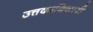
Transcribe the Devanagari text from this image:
उत्तकाधिकारी